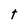
Character: t